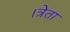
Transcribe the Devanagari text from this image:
।त्रेता